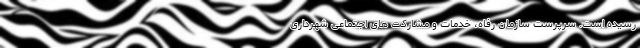
رسیده است. سرپرست سازمان رفاه، خدمات و مشارکت های اجتماعی شهرداری